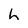
Character: h